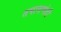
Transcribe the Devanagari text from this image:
तपासणेही